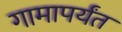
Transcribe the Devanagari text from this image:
गामापर्यंत